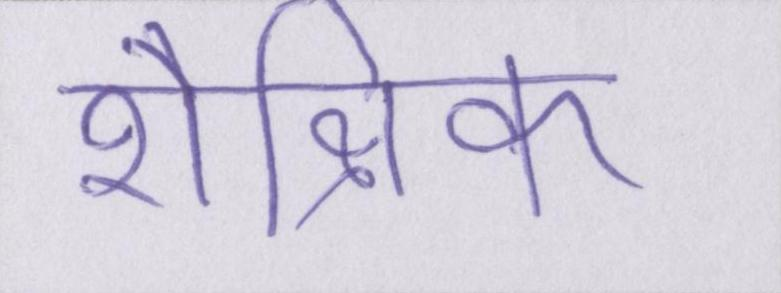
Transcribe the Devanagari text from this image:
शैक्षिक